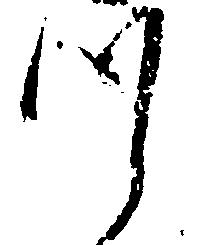
つ